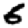
Digit: 6